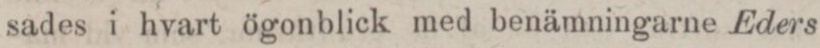
sades i hvart ögonblick med benämningarne Eders